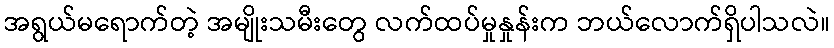
အရွယ်မရောက်တဲ့ အမျိုးသမီးတွေ လက်ထပ်မှုနှုန်းက ဘယ်လောက်ရှိပါသလဲ။